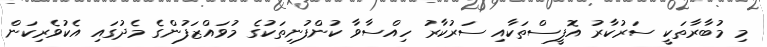
މި މުބާރާތަކީ ސަރުކާރު އޮފީސްތަކާއި ސަރުކާރު ހިއްސާވާ ކުންފުނިތަކުގެ މުވައްޒަފުންގެ މެދުގައި އެކުވެރިކަން